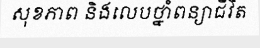
សុខភាព និងលេបថ្នាំពន្យាជីវិត